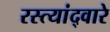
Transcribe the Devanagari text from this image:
रस्त्यांद्वारे